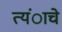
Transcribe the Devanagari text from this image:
त्यंाचे